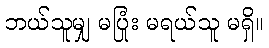
ဘယ်သူမျှ မပြုံး မရယ်သူ မရှိ။